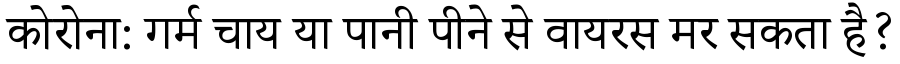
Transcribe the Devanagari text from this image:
कोरोना: गर्म चाय या पानी पीने से वायरस मर सकता है?